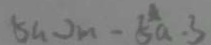
5 a - 2 m - 5 a \cdot 3